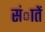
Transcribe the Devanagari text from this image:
संातें